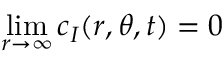
\operatorname* { l i m } _ { r \to \infty } c _ { I } ( r , \theta , t ) = 0